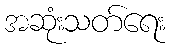
အဆုံးသတ်ရေး